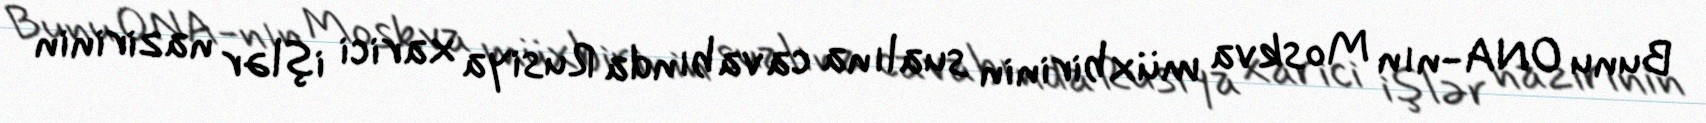
Bunu ONA-nın Moskva müxbirinin sualına cavabında Rusiya xarici işlər nazirinin